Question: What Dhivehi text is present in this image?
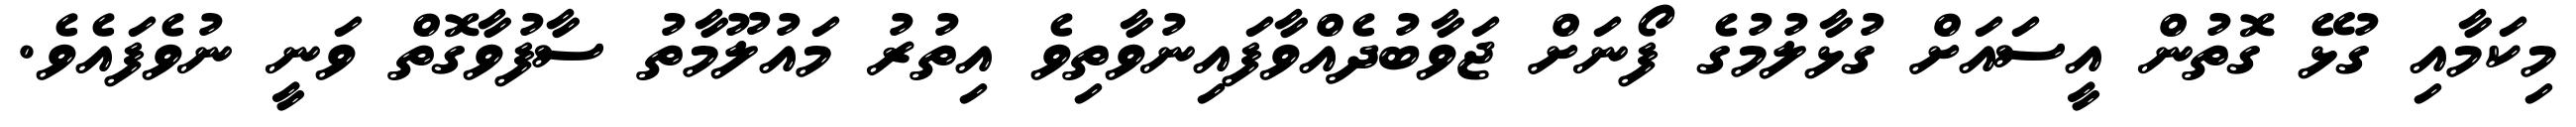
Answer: މިކަމާއި ގުޅޭ ގޮތުން އީސައަށް ގުޅާލުމުގެ ފޯނަށް ޖަވާބުދެއްވާފައިނުވާތިވެ އިތުރު މައުލޫމާތު ސާފުވާގޮތް ވަނީ ނުވެފައެވެ.